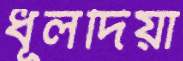
ধূলদিয়া